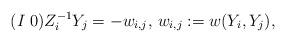
LaTeX: \begin{align*} (I\;0)Z_i^{-1}Y_j=-w_{i,j},\,w_{i,j}:=w(Y_i,Y_j),\end{align*}